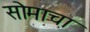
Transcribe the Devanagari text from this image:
सोमाचा